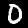
Label: 0